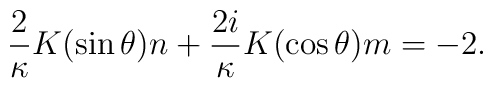
\frac{2}{\kappa}K(\sin \theta)n+\frac{2i}{\kappa}K(\cos \theta)m=-2.